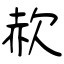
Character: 赥